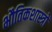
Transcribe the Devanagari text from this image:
भौतिकशास्त्रों